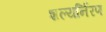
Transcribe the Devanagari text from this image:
शल्यर्निरण